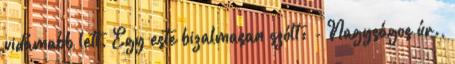
vidámabb lett. Egy este bizalmasan szólt: - Nagyságos úr.,